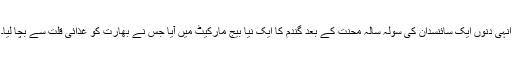
انہی دنوں ایک سائنسدان کی سولہ سالہ محنت کے بعد گندم کا ایک نیا بیج مارکیٹ میں آیا جس نے بھارت کو غذائی قلت سے بچا لیا۔